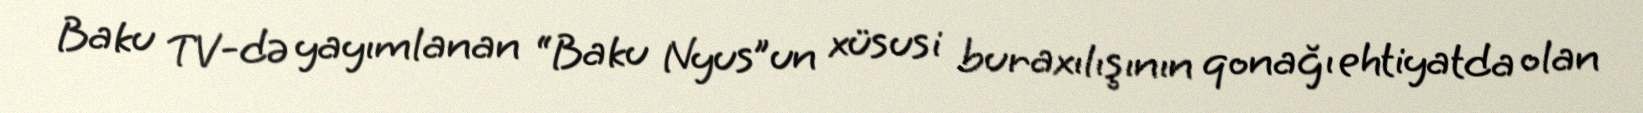
Baku TV-də yayımlanan “Baku Nyus”un xüsusi buraxılışının qonağı ehtiyatda olan